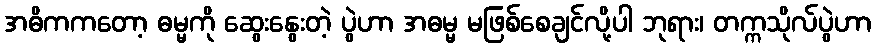
အဓိကကတော့ ဓမ္မကို ဆွေးနွေးတဲ့ ပွဲဟာ အဓမ္မ မဖြစ်စေချင်လို့ပါ ဘုရား၊ တက္ကသိုလ်ပွဲဟာ